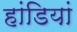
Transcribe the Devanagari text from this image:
हांडियां